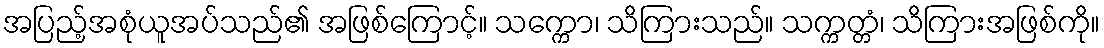
အပြည့်အစုံယူအပ်သည်၏ အဖြစ်ကြောင့်။ သက္ကော၊ သိကြားသည်။ သက္ကတ္တံ၊ သိကြားအဖြစ်ကို။